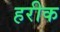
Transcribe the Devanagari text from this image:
हरीक